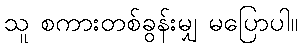
သူ စကားတစ်ခွန်းမျှ မပြောပါ။